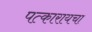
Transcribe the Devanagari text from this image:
पत्कारायचा